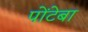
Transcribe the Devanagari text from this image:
पोंटेबा